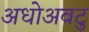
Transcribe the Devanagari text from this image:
अधोअवटु